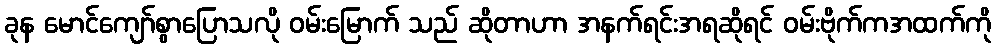
ခုန မောင်ကျော်စွာပြောသလို ဝမ်းမြောက် သည် ဆိုတာဟာ အနက်ရင်းအရဆိုရင် ဝမ်းဗိုက်ကအထက်ကို